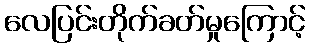
လေပြင်းတိုက်ခတ်မှုကြောင့်